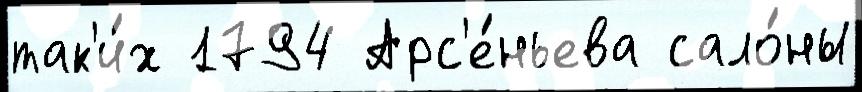
так'и́х 1794 Арс'е́ньева сало́ны